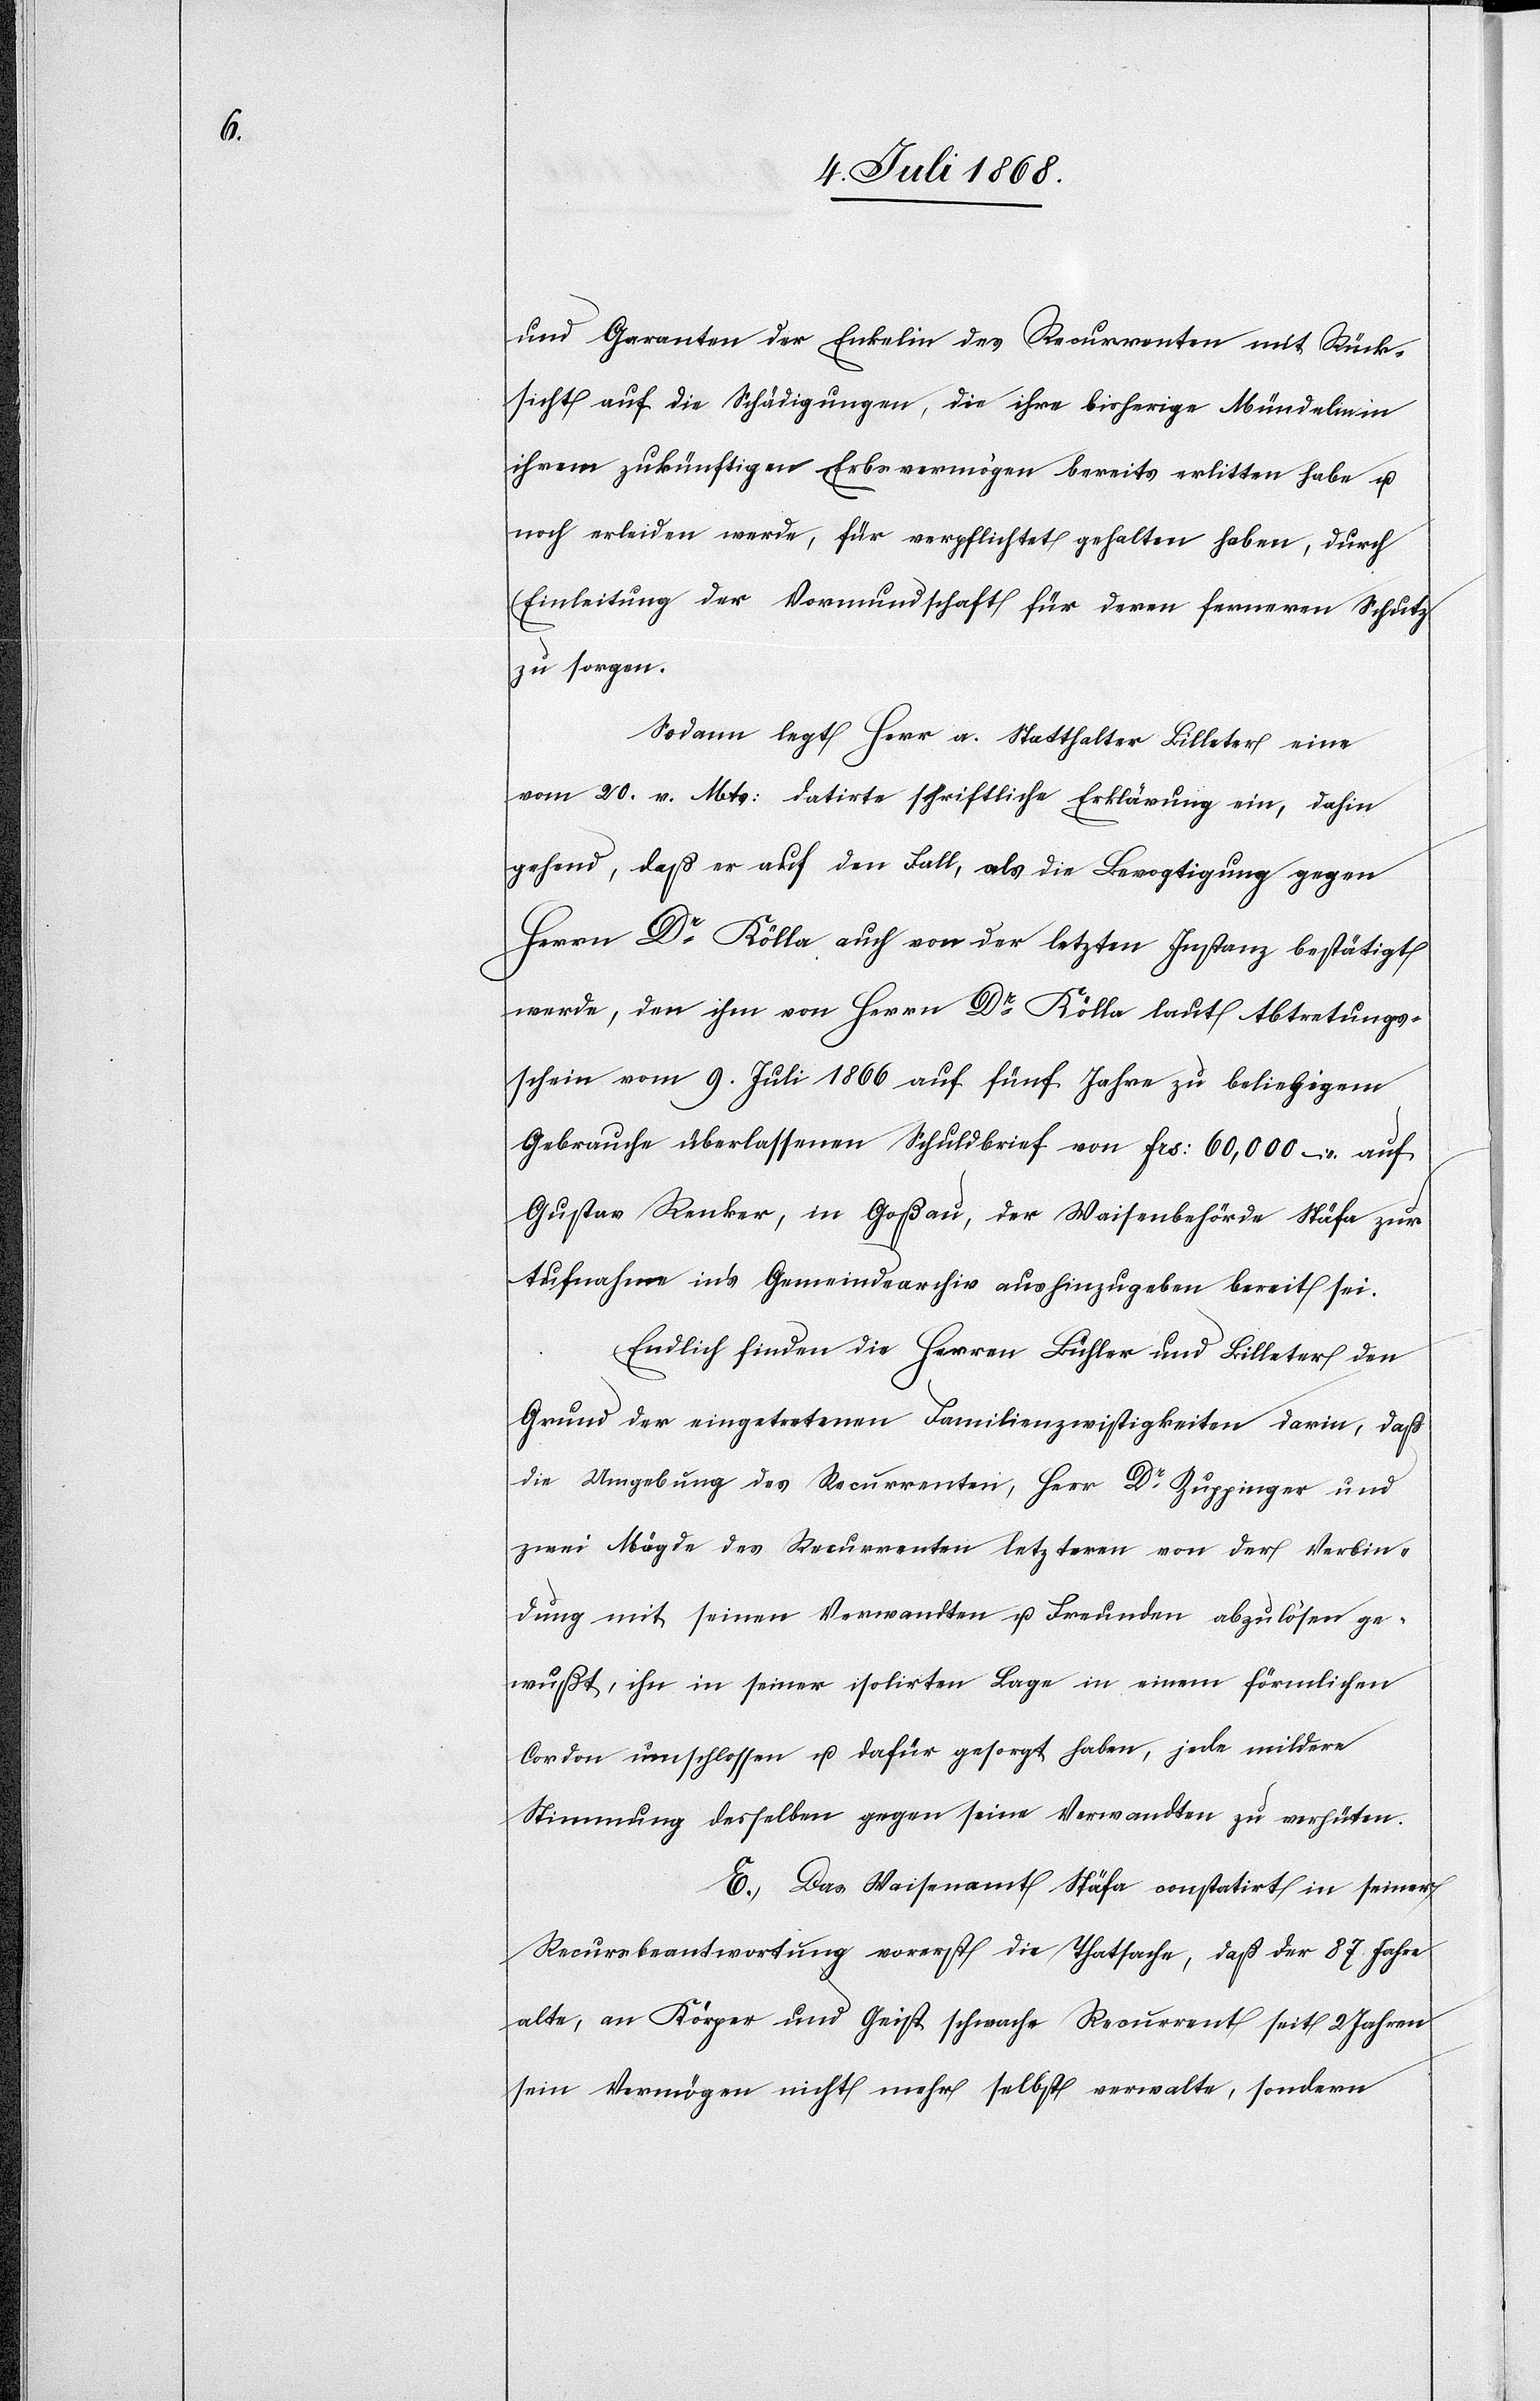
und Garanten der Enkelin des Recurrenten mit Rück¬
sicht auf die Schädigungen, die ihre bisherige Mündelin in
ihrem zukünftigen Erbsvermögen bereits erlitten habe u.
noch erleiden werde, für verpflichtet gehalten haben, durch
Einleitung der Vormundschaft für deren ferneren Schutz
zu sorgen.
Sodann legt Herr a. Statthalter Billeter eine
vom 20. v. Mts: datirte schriftliche Erklärung ein, dahin
gehend, daß er auf den Fall, als die Bevogtigung gegen
Herrn Dr Kölla auch von der letzten Instanz bestätigt
werde, den ihm von Herrn Dr Kölla laut Abtretungs¬
schein vom 9. Juli 1866 auf fünf Jahre zu beliebigem
Gebrauche überlassenen Schuldbrief von Frs: 60,000 – auf
Gustav Renker, in Goßau, der Waisenbehörde Stäfa zur
Aufnahme in’s Gemeindearchiv aushinzugeben bereit sei.
Endlich finden die Herren Bühler und Billeter den
Grund der eingetretenen Familienzwistigkeiten darin, daß
die Umgebung des Recurrenten, Herr Dr Zuppinger und
zwei Mägde des Recurrenten letzteren von der Verbin¬
dung mit seinen Verwandten u. Freunden abzulösen ge¬
wußt, ihn in seiner isolirten Lage in einem förmlichen
Cordon umschlossen u. dafür gesorgt habe, jede mildere
Stimmung desselben gegen seine Verwandten zu verhüten.
E. Das Waisenamt Stäfa constatirt in seiner
Recursbeantwortung vorerst die Thatsache, daß der 87. Jahre
alte, an Körper und Geist schwache Recurrent seit 2 Jahren
sein Vermögen nicht mehr selbst verwalte, sondern